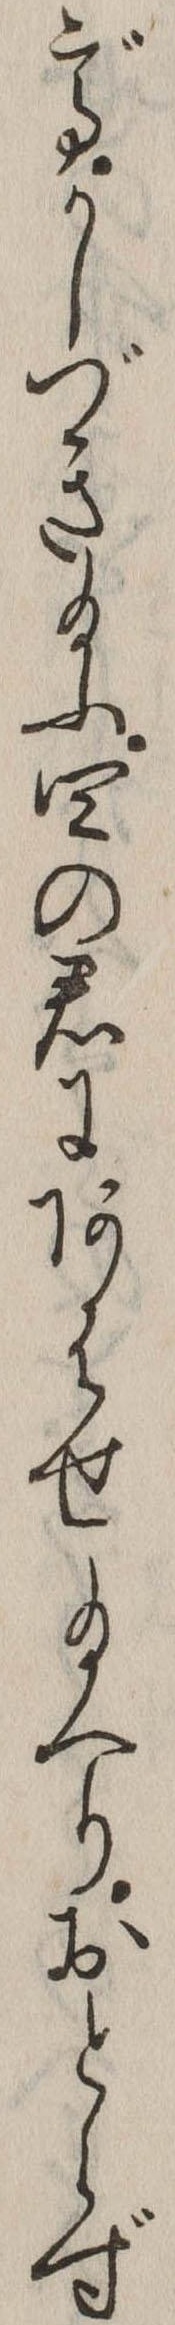
でかしづき給ふ四の君にあはせ給へりおとらず